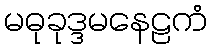
မဓုခုဒ္ဒမနေဠကံ